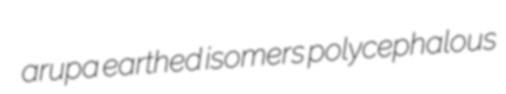
arupa earthed isomers polycephalous